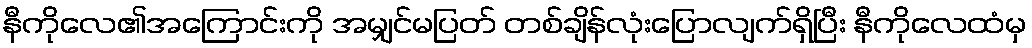
နီကိုလေ၏အကြောင်းကို အမျှင်မပြတ် တစ်ချိန်လုံးပြောလျက်ရှိပြီး နီကိုလေထံမှ